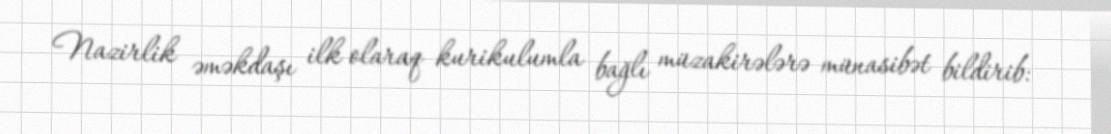
Nazirlik əməkdaşı ilk olaraq kurikulumla bağlı müzakirələrə münasibət bildirib: